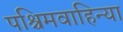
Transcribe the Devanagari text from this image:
पश्चिमवाहिन्या